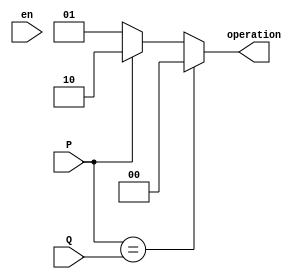
module ControlUnit(input P, Q, en, output reg[1:0] operation);
always @(en)
begin
	operation = (P == Q) ? 2'b00 : (P == 1'b0) ? 2'b01 : 2'b10;
end
endmodule